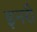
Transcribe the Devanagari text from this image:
इनरी